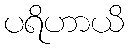
ပရိဟာယိ